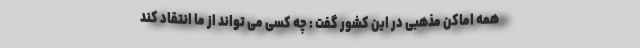
همه اماکن مذهبی در این کشور گفت : چه کسی می تواند از ما انتقاد کند